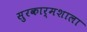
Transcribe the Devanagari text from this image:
सुरकार्मशाला